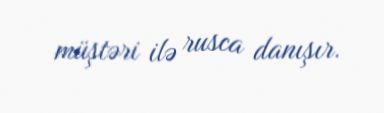
müştəri ilə rusca danışır.